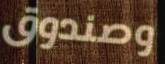
وصندوق